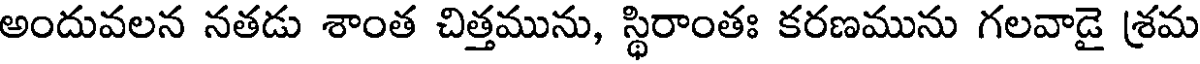
అందువలన నతడు శాంత చిత్తమును, స్థిరాంతః కరణమును గలవాడై శ్రమ